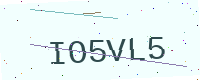
Text: IO5VL5